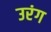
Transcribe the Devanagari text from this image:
उरंग